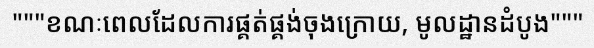
"""ខណៈពេលដែលការផ្គត់ផ្គង់ចុងក្រោយ, មូលដ្ឋានដំបូង"""